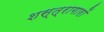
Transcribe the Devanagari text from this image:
शस्त्रागारों